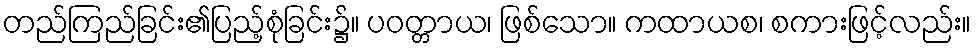
တည်ကြည်ခြင်း၏ပြည့်စုံခြင်း၌။ ပဝတ္တာယ၊ ဖြစ်သော။ ကထာယစ၊ စကားဖြင့်လည်း။